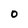
Character: 0